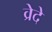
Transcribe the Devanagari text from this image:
व्रेदे